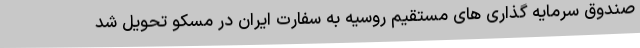
صندوق سرمایه گذاری های مستقیم روسیه به سفارت ایران در مسکو تحویل شد